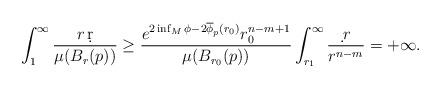
LaTeX: \begin{align*}\int_1^{\infty}\frac{r\,\d r}{\mu(B_r(p))}\geq \frac{e^{2\inf_M\phi-2\overline{\phi}_p(r_0)}r_0^{n-m+1}}{\mu(B_{r_0}(p))}\int_{r_1}^{\infty}\frac{\d \,r}{r^{n-m}}=+\infty.\end{align*}